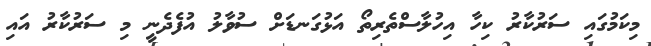
މިކަމުގައި ސަރުކާރު ކިހާ އިހުލާސްތެރިތޯ އަޅުގަނޑަށް ސުވާލު އުފެދެނީ މި ސަރުކާރު އައި